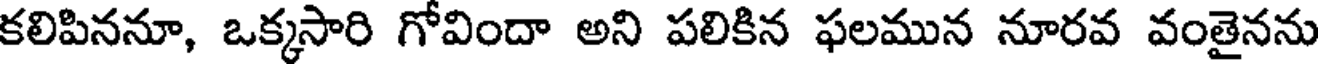
కలిపిననూ, ఒక్కసారి గోవిందా అని పలికిన ఫలమున నూరవ వంతైనను